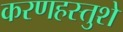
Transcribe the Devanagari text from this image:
करणहस्तुशे